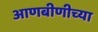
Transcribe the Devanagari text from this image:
आणबीणीच्या